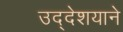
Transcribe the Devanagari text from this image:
उद्देशयाने